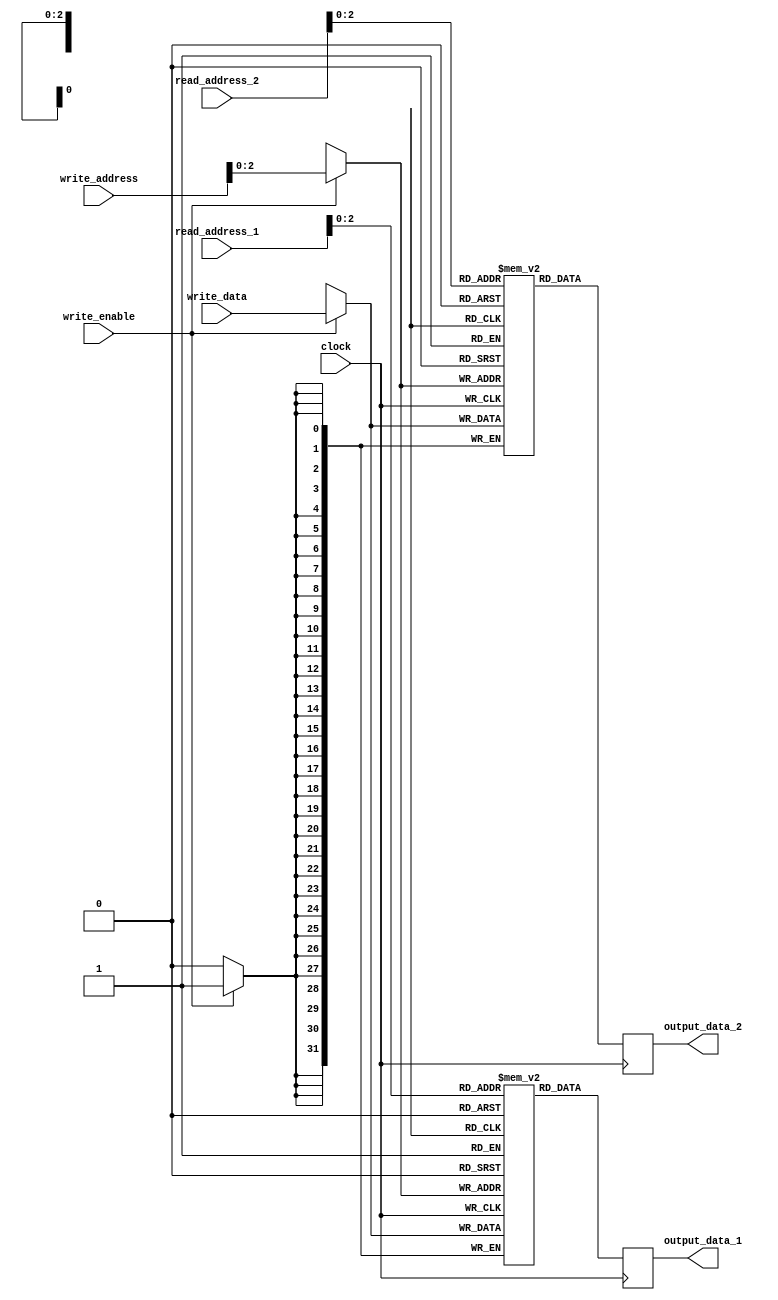
module pipelined_register_file (
    input wire [3:0] read_address_1,
    input wire [3:0] read_address_2,
    input wire [3:0] write_address,
    input wire [31:0] write_data,
    input wire write_enable,
    input wire clock,
    output reg [31:0] output_data_1,
    output reg [31:0] output_data_2
);

reg [31:0] memory_block_1 [7:0];
reg [31:0] memory_block_2 [7:0];
reg [31:0] memory_block_3 [7:0];
reg [31:0] memory_block_4 [7:0];

always @(posedge clock) begin
    if(write_enable) begin
        memory_block_1[write_address] <= write_data;
        memory_block_2[write_address] <= write_data;
        memory_block_3[write_address] <= write_data;
        memory_block_4[write_address] <= write_data;
    end
    
    output_data_1 <= memory_block_1[read_address_1];
    output_data_2 <= memory_block_2[read_address_2];
end

endmodule